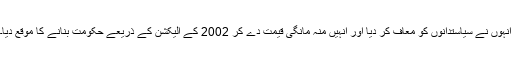
انہوں نے سیاستدانوں کو معاف کر دیا اور انہیں منہ مانگی قیمت دے کر 2002 کے الیکشن کے ذریعے حکومت بنانے کا موقع دیا۔